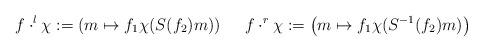
LaTeX: \begin{align*}f\cdot^l\chi:=\left(m\mapsto f_1\chi(S(f_2)m)\right)\ \ \ \ f\cdot^r \chi:=\left(m\mapsto f_1\chi(S^{-1}(f_2)m)\right)\end{align*}